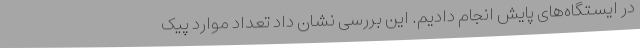
در ایستگاه‌های پایش انجام دادیم. این بررسی نشان داد تعداد موارد پیک